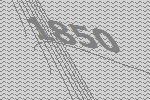
1850